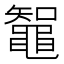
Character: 鼅